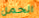
الحمل